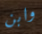
وابن